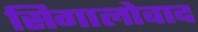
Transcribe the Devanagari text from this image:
सिगालोवाद